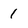
Character: 1